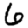
Digit: 6